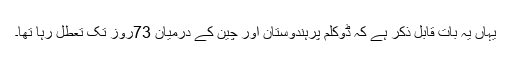
یہاں یہ بات قابل ذکر ہے کہ ڈوکلم پرہندوستان اور چین کے درمیان 73روز تک تعطل رہا تھا۔